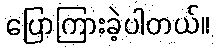
ပြောကြားခဲ့ပါတယ်။